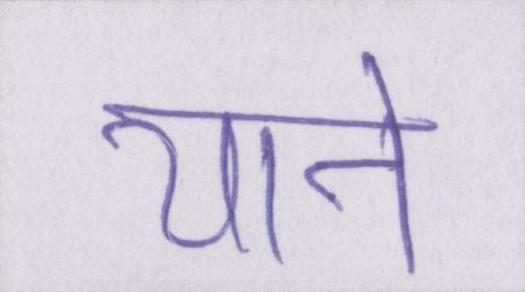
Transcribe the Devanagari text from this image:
याने